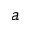
a